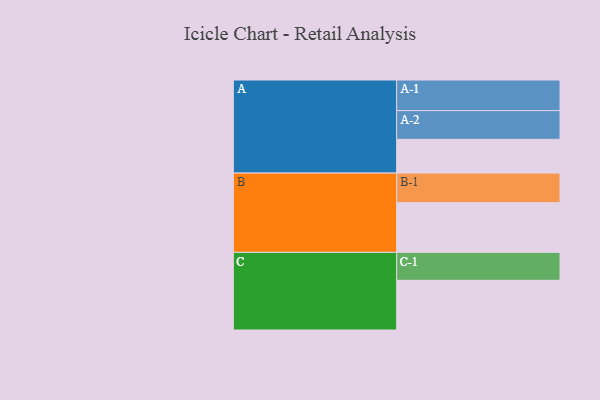
{"axis": {"x": "Segment", "y": "Value"}, "legend": ["", "A", "B", "C"], "data": [{"x": "A", "y": 306, "type": ""}, {"x": "B", "y": 450, "type": ""}, {"x": "C", "y": 450, "type": ""}, {"x": "A-1", "y": 277, "type": "A"}, {"x": "A-2", "y": 260, "type": "A"}, {"x": "B-1", "y": 268, "type": "B"}, {"x": "C-1", "y": 253, "type": "C"}]}